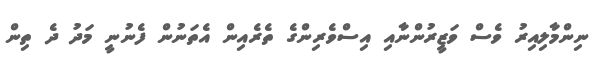
ނިންމާލިއިރު ވެސް ވަޒީރުންނާއި އިސްވެރިންގެ ތެރެއިން އެތަނުން ފެނުނީ މަދު ދެ ތިން